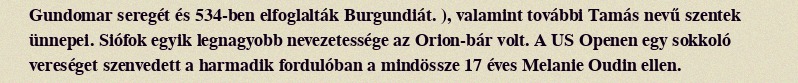
Gundomar seregét és 534-ben elfoglalták Burgundiát. ), valamint további Tamás nevű szentek ünnepei. Siófok egyik legnagyobb nevezetessége az Orion-bár volt. A US Openen egy sokkoló vereséget szenvedett a harmadik fordulóban a mindössze 17 éves Melanie Oudin ellen.